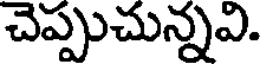
చెప్పుచున్నవి.